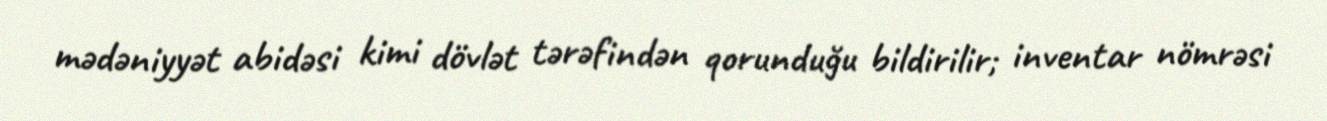
mədəniyyət abidəsi kimi dövlət tərəfindən qorunduğu bildirilir; inventar nömrəsi